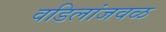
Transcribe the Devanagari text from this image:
वडिलांजवळ